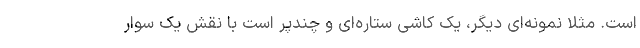
است. مثلا نمونه‌ای دیگر، یک کاشی ستاره‌ای و چندپر است با نقش یک سوار